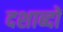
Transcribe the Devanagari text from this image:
दशाब्दों